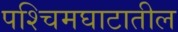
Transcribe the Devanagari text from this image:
पश्चिमघाटातील